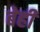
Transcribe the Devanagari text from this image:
बेही